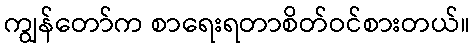
ကျွန်တော်က စာရေးရတာစိတ်ဝင်စားတယ်။